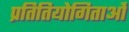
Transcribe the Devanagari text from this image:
प्रतितियोगिताओं